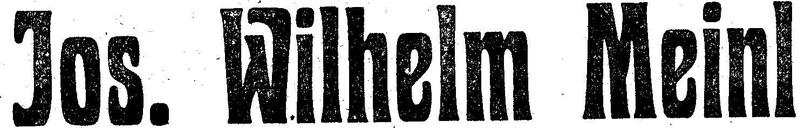
Jos. Wilhelm Meinl